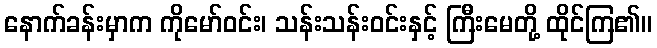
နောက်ခန်းမှာက ကိုမော်ဝင်း၊ သန်းသန်းဝင်းနှင့် ကြီးမေတို့ ထိုင်ကြ၏။